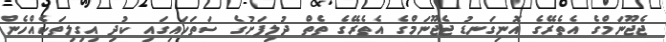
ޖެޖޫނަމްގެ އެތެރޭގެ އޮނިގަނޑު ޖެޖޫނަމްގެ އެެތެރޭގެ ތެތް ދުލިފަށުގެ ސަތަހައިގައި ކުދި އިގިލިތަކެއްހެން